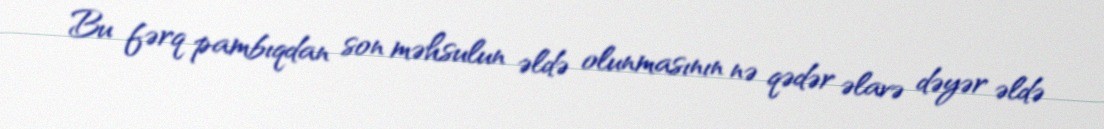
Bu fərq pambıqdan son məhsulun əldə olunmasının nə qədər əlavə dəyər əldə